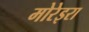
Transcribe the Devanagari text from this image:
मोरेइरा